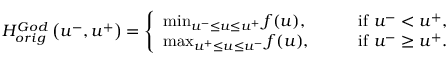
\begin{array} { r } { H _ { o r i g } ^ { G o d } \left( u ^ { - } , u ^ { + } \right) = \left\{ \begin{array} { l l } { \operatorname* { m i n } _ { u ^ { - } \leq u \leq u ^ { + } } f ( u ) , \qquad } & { \mathrm { i f ~ } u ^ { - } < u ^ { + } , } \\ { \operatorname* { m a x } _ { u ^ { + } \leq u \leq u ^ { - } } f ( u ) , \qquad } & { \mathrm { i f ~ } u ^ { - } \geq u ^ { + } . } \end{array} \right. } \end{array}